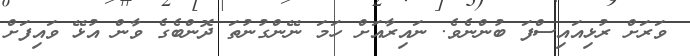
ވަރަށް ރުޅިއައިސްފަ ބުންނެވެ. ނައިރާއަށް ހަމަ ނޭންގުނުތަ ދޮންބެގެ ވާން އުޅޭ ވައިފަށް